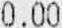
0.00